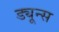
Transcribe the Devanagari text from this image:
ड्यून्स